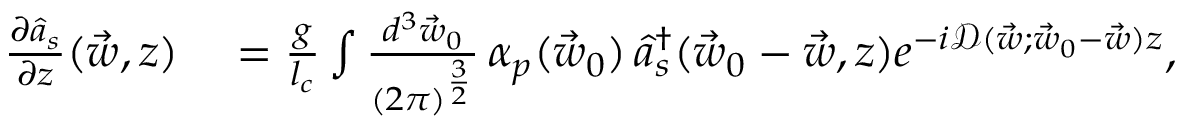
\begin{array} { r l } { \frac { \partial \hat { a } _ { s } } { \partial z } ( \vec { w } , z ) } & { { } = \frac { g } { l _ { c } } \int \frac { d ^ { 3 } \vec { w } _ { 0 } } { ( 2 \pi ) ^ { \frac { 3 } { 2 } } } \, { \alpha } _ { p } ( \vec { w } _ { 0 } ) \, \hat { a } _ { s } ^ { \dagger } ( \vec { w } _ { 0 } - \vec { w } , z ) e ^ { - i \mathcal D ( \vec { w } ; \vec { w } _ { 0 } - \vec { w } ) z } , } \end{array}